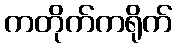
ကတိုက်ကရိုက်